Insane asylums in Bengal annual reports 1867-1875 - 1867-1875
Year: 1867
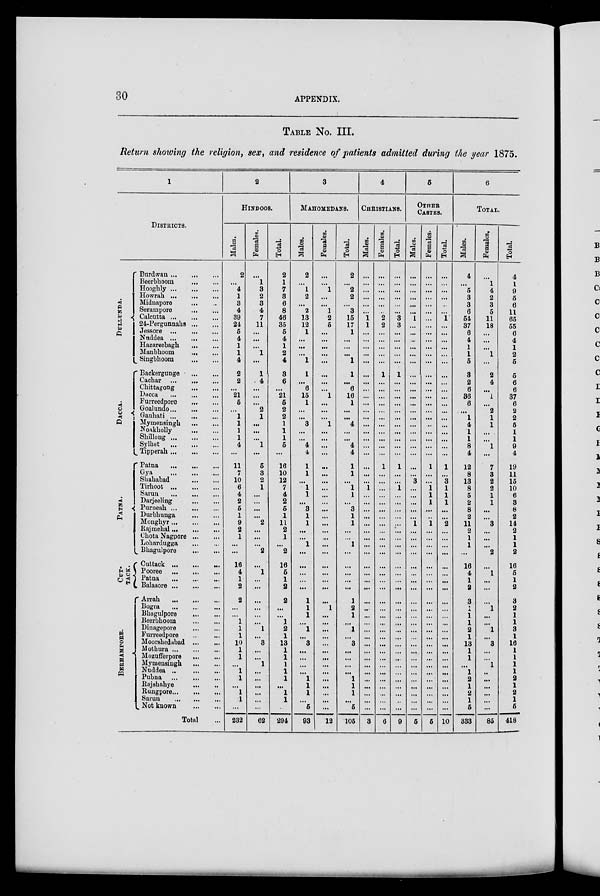
30
APPENDIX.
TABLE No. III.
Return showing the religion, sex, and residence of patients admitted during the year 1875.
1
DISEASES.
DULLUNDA.
DACCA.
PATNA.
CUT-
TACK.
BERHAMPORE.
Burdwan
...
...
...
Beerbhoom ... ...
Hooghly
...
...
...
Howrah
...
...
...
Midnapore
...
...
Serampore ... ...
Calcutta
...
...
...
24-Pergunnahs ... ...
Jessore
...
...
...
Nuddea ... ... ...
Hazareebagh
...
...
Manbhoom
...
...
Singbhoom
...
...
Backergunge ... ...
Cachar
...
...
Chittagong ... ...
Dacca
...
...
...
Furreedpore ... ...
Goaluudo ... ... ...
Gauhati
...
...
...
Mymensingh
...
...
Noakholly ... ...
Shillong
...
...
...
Sylhet
...
...
...
Tipperah
...
...
...
Patna
...
...
...
Gya ... ... ...
Shahabad ... ...
Tirhoot
...
...
...
Sarun
...
...
...
Darjeeling
...
...
Purneah
...
...
...
Durbhunga
...
...
Monghyr
...
...
...
Rajmehal ... ... ...
Chota Nagpore ... ...
Lohardugga
...
...
Bhagulpore
...
...
Cuttack ...
...
...
Pooree
...
...
...
Patna ... ... ...
Balasore ... ... ...
Arrah ... ... ...
Bogra ... ... ...
Bhagulpore
...
...
Beerbhoom ... ...
Dinagepore ... ...
Furreedpore ... ...
Moorshedabad
...
...
Mothura
...
...
...
Mozufferpore ... ...
Mymensingh ... ...
Nuddea ... ... ...
Pubna
...
...
...
Rajshahye
...
...
Rungpore ... ... ...
Sarun
...
...
...
Not known ... ...
Total ...
2
HINDOOS.
Males.
2
...
4
1
3
4
39
24
5
4
1
1
4
2
2
...
21
5
...
1
1
1
1
4
...
11
7
10
6
4
2
5
1
9
2
1
...
...
16
4
1
2
2
...
...
1
1
1
10
1
1
...
1
1
...
1
1
...
232
Females.
...
1
3
2
3
4
7
11
...
...
...
1
...
1
4
...
...
...
2
1
...
...
...
1
...
5
3
2
1
...
...
...
...
2
...
...
...
2
...
1
...
...
...
...
...
...
1
...
3
...
...
1
...
...
...
...
...
...
62
Total.
2
1
7
3
6
8
46
35
5
4
1
2
4
3
6
...
21
5
2
2
1
1
1
5
...
16
10
12
7
4
2
5
1
11
2
1
...
2
16
5
1
2
2
...
...
1
2
1
13
1
1
1
1
1
...
1
1
...
294
3
MAHOMEDANS.
Males.
2
...
1
2
...
2
13
12
1
...
...
...
1
1
...
6
15
1
...
...
3
...
...
4
4
1
1
...
1
1
...
3
1
1
...
...
1
...
...
...
...
...
1
1
1
...
1
...
3
...
...
...
...
1
1
1
...
5
93
Females.
...
...
1
...
...
1
2
5
...
...
...
...
...
...
...
...
1
...
...
...
1
...
...
...
...
...
...
...
...
...
...
...
...
...
...
...
...
...
...
...
...
...
...
1
...
...
...
...
...
...
...
...
...
...
...
...
...
...
12
Total.
2
...
2
2
...
3
15
17
1
...
...
...
1
1
...
6
16
1
...
...
4
...
...
4
4
1
1
...
1
1
...
3
1
1
...
...
1
...
...
...
...
...
1
2
1
...
1
...
3
...
...
...
...
1
1
1
...
5
105
4
CHRISTIANS.
Males.
...
...
...
...
...
...
1
1
...
...
...
...
...
...
...
...
...
...
...
...
...
...
...
...
...
...
...
...
1
...
...
...
...
...
...
...
...
...
...
...
...
...
...
...
...
...
...
...
...
...
...
...
...
...
...
...
...
...
3
Females.
...
...
...
...
...
...
2
2
...
...
...
...
...
1
...
...
...
...
...
...
...
...
...
...
...
1
...
...
...
...
...
...
...
...
...
...
...
...
...
...
...
...
...
...
...
...
...
...
...
...
...
...
...
...
...
...
...
...
6
Total.
...
...
...
...
...
...
3
3
...
...
...
...
...
1
...
...
...
...
...
...
...
...
...
...
...
1
...
...
1
...
...
...
...
...
...
...
...
...
...
...
....
...
...
...
...
...
...
...
...
...
...
...
...
...
...
...
...
...
9
5
OTHER
CASTES.
Males.
...
...
...
...
...
...
1
...
...
...
...
...
...
...
...
...
...
...
...
...
...
...
...
...
...
...
...
3
...
...
...
...
...
1
...
...
...
...
...
...
...
...
...
...
...
...
...
...
...
...
...
...
...
...
...
...
...
...
5
Females.
...
...
...
...
...
...
...
...
...
...
...
...
...
...
...
...
...
...
...
...
...
...
...
...
...
1
...
...
1
1
1
...
...
1
...
...
...
...
...
...
...
...
...
...
...
...
...
...
...
...
...
...
...
...
...
...
...
...
5
Total.
...
...
...
...
...
...
1
...
...
...
...
...
...
...
...
...
...
...
...
...
...
...
...
...
...
1
...
3
1
1
1
...
...
2
...
...
...
...
...
...
...
...
...
...
...
...
...
...
...
...
...
...
...
...
...
...
...
...
10
6
TOTAL.
Males.
4
...
5
3
3
6
54
37
6
4
1
1
5
3
2
6
36
6
...
1
4
1
1
8
4
12
8
13
8
5
2
8
2
11
2
1
1
...
16
4
1
2
3
1
1
1
2
1
13
1
1
...
1
2
1
2
1
5
833
Femal es .
...
1
4
2
3
5
11
18
...
...
...
1
...
2
4
...
1
...
2
1
1
...
...
1
...
7
3
2
2
1
1
...
...
3
...
...
...
2
...
1
...
...
...
1
...
...
1
...
3
...
...
1
...
...
...
...
...
...
85
Total.
4
1
9
5
6
11
65
55
6
4
1
2
5
5
6
6
37
6
2
2
5
1
1
9
4
19
11
15
10
6
3
8
2
14
2
1
1
2
16
5
1
2
3
2
1
1
3
1
16
1
1
1
1
2
1
2
1
5
418